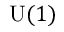
{ \mathrm { U } } ( 1 )